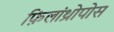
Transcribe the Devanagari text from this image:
फ़िलांथ्रोपोस